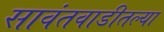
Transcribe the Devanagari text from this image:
सावंतवाडीतल्या